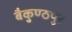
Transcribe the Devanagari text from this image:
बैकुण्ठपुर